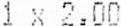
1 X 2.00